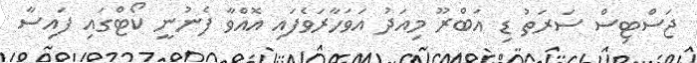
ޖަސްޓިސް ސަރަތު ޑި އަބްރޫ މިއަދު އަވަހާރަވެފައި އޮއްވާ ފެނުނީ ކޯޓްގައި ފައިސާ